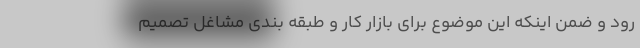
رود و ضمن اینکه این موضوع برای بازار کار و طبقه بندی مشاغل تصمیم